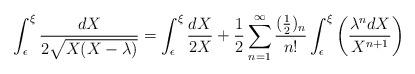
LaTeX: \begin{align*}\int_{\epsilon}^\xi\frac{dX}{2\sqrt{X(X-\lambda)}} =\int_\epsilon^{\xi}\frac{dX}{2X}+\frac12\sum_{n=1}^{\infty}\frac{(\frac12)_n}{n!}\int_\epsilon^{\xi}\left(\frac{\lambda^ndX}{X^{n+1}}\right)\end{align*}